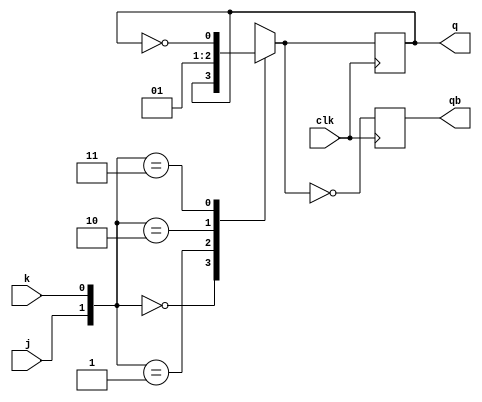
`timescale 1ns / 1ps
//////////////////////////////////////////////////////////////////////////////////
// Company: 
// Engineer: 
// 
// Design Name: 
// Module Name: JK_Flipflop
// Project Name: 
// Target Devices: 
// Tool Versions: 
// Description: 
// 
// Dependencies: 
// 
// Revision:
// Revision 0.01 - File Created
// Additional Comments:
// 
//////////////////////////////////////////////////////////////////////////////////


module JK_Flipflop(j, k, clk, q, qb);
    input j, k, clk;
    output reg q = 0, qb = 1;
    always @ (posedge clk)
    begin
        case({j,k})
            2'b00: q = q;
            2'b01: q = 1'b0;
            2'b10: q = 1'b1;
            2'b11: q = ~q;
        endcase
        qb = ~q;
    end
endmodule